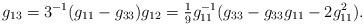
LaTeX: \begin{align*}g_{13} = 3^{-1}(g_{11}-g_{33}) g_{12} = \tfrac{1}{9}g_{11}^{-1}(g_{33}-g_{33}g_{11}-2g_{11}^2).\end{align*}